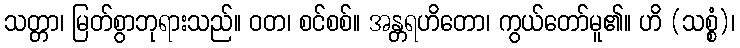
သတ္တာ၊ မြတ်စွာဘုရားသည်။ ဝတ၊ စင်စစ်။ အန္တရဟိတော၊ ကွယ်တော်မူ၏။ ဟိ (သစ္စံ)၊